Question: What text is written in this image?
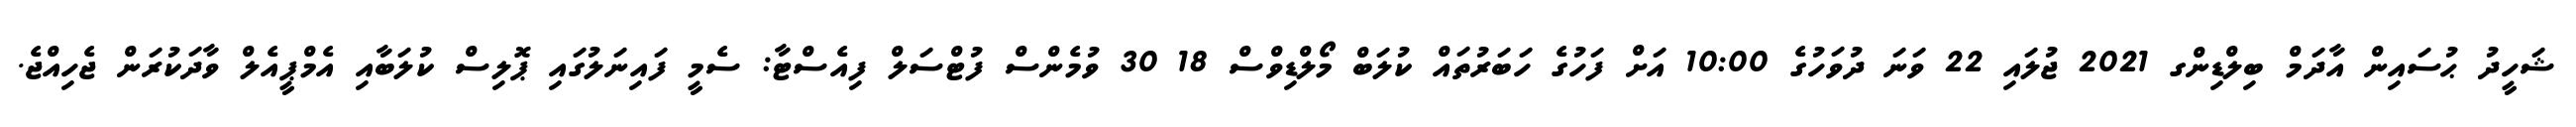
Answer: ޝަހީދު ޙުސައިން އާދަމް ބިލްޑިންގ 2021 ޖުލައި 22 ވަނަ ދުވަހުގެ 10:00 އަށް ފަހުގެ ހަބަރުތައް ކުލަބް މޯލްޑިވްސް 18 30 ވުމެންސް ފުޓްސަލް ފިއެސްޓާ: ސެމީ ފައިނަލުގައި ޕޮލިސް ކުލަބާއި އެމްޕީއެލް ވާދަކުރަން ޖެހިއްޖެ.